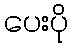
ပေးပို